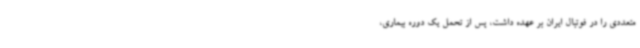
متعددی را در فوتبال ایران بر عهده داشت، پس از تحمل یک دوره بیماری،